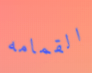
القمامه